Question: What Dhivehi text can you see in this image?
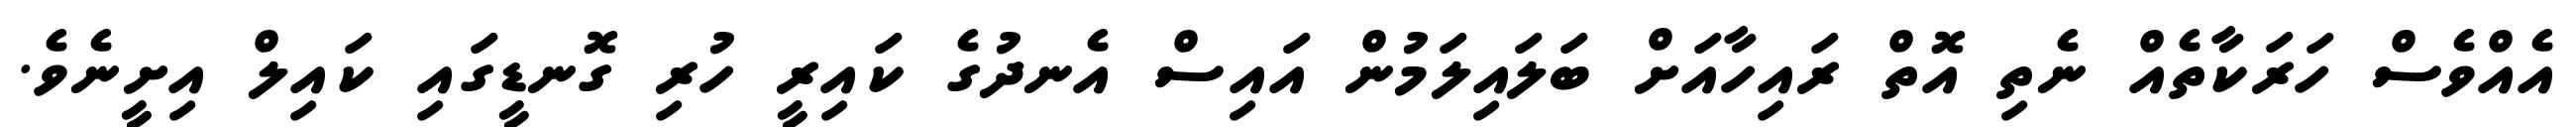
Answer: އެއްވެސް ހަރަކާތެއް ނެތި އޮތް ރައިހާއަށް ބަލައިލަމުން އައިސް އެނދުގެ ކައިރީ ހުރި ގޮނޑީގައި ކައިލް އިށީނެވެ.